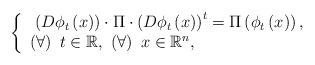
LaTeX: \begin{align*}\left\{ \begin{array}{c}\left( D\phi _{t}\left( x\right) \right) \cdot \Pi \cdot \left( D\phi_{t}\left( x\right) \right) ^{t}=\Pi \left( \phi _{t}\left( x\right) \right), \\ \left( \forall \right) \ t\in \mathbb{R},\ \left( \forall \right) \ x\in \mathbb{R}^{n},\ \ \ \ \ \ \ \ \ \ \ \ \ \ \ \ \ \ \ \ \ \end{array}\right. \end{align*}